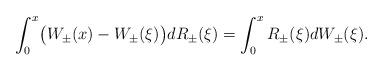
LaTeX: \begin{align*}\int_0^x \bigl(W_\pm(x)- W_\pm(\xi) \bigr) dR_\pm(\xi) = \int_0^x R_\pm(\xi)dW_\pm(\xi).\end{align*}